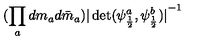
( \prod _ { a } d m _ { a } d \bar { m } _ { a } ) { \vert \det ( \psi _ { \frac { 1 } { 2 } } ^ { a } , \psi _ { \frac { 1 } { 2 } } ^ { b } ) \vert } ^ { - 1 }